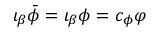
\iota _ { \beta } \bar { \phi } = \iota _ { \beta } \phi = c _ { \phi } \varphi